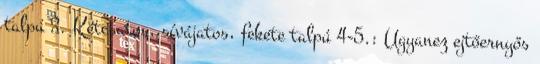
talpú 3. Kétcsatos, sívájatos, fekete talpú 4-5.: Ugyanez ejtőernyős